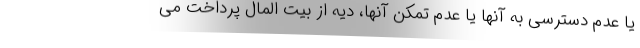
یا عدم دسترسی به آنها یا عدم تمکن آنها، دیه از بیت المال پرداخت می